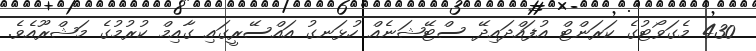
430 މެގަވޯޓުގެ ކަރަންޓް އުފައްދައިދޭ ސްޓޭޝަނެއް ހުޅަނގު އައްސޭރީގައި ގާއިމް ކުރުމުގެ މަޝްރޫއެވެ.